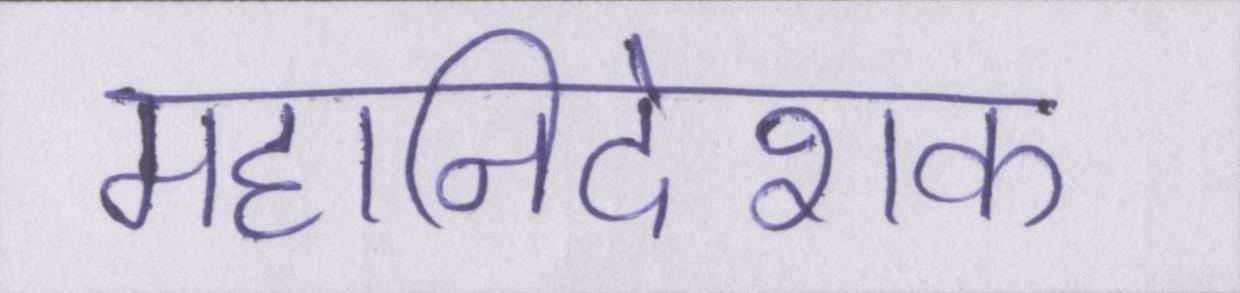
महानिदेशक